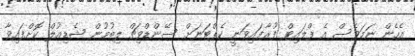
އެހެން ނަމަވެސް އެ ފްލައިޓް ފުރާފައިވަނީ ކެޕްޓަނަށް ސޭންޑްވިޗް ލިބުމުން ޝެޑިއުލް ކޮށްފައިވާ